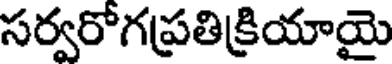
సర్వరోగప్రతిక్రియాయై